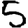
Digit: 5